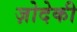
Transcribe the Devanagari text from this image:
ज़ोदेकी